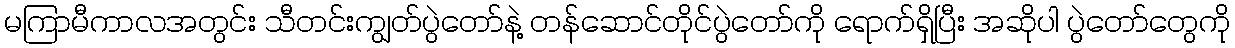
မကြာမီကာလအတွင်း သီတင်းကျွတ်ပွဲတော်နဲ့ တန်ဆောင်တိုင်ပွဲတော်ကို ရောက်ရှိပြီး အဆိုပါ ပွဲတော်တွေကို